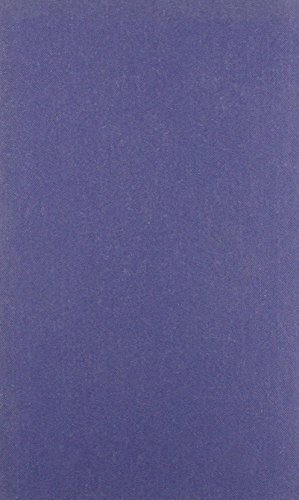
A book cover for All England Law Reports 1988: Annual Review; unknown; Law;